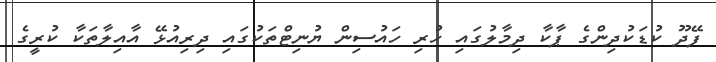
ފޭދޫ ކުޑަކުދިންގެ ޕާކާ ދިމާލުގައި ހުރި ހައުސިން ޔުނިޓްތަކުގައި ދިރިއުޅޭ އާއިލާތަކާ ކުރީގެ